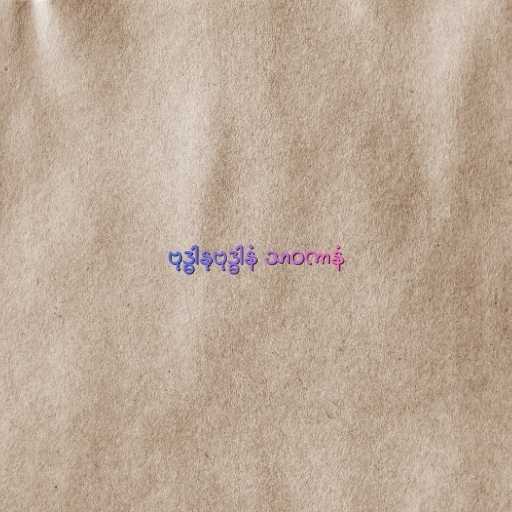
ဗုဒ္ဓါနုဗုဒ္ဓါနံ သာဝကာနံ